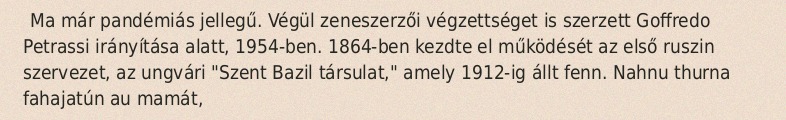
Ma már pandémiás jellegű. Végül zeneszerzői végzettséget is szerzett Goffredo Petrassi irányítása alatt, 1954-ben. 1864-ben kezdte el működését az első ruszin szervezet, az ungvári "Szent Bazil társulat," amely 1912-ig állt fenn. Nahnu thurna fahajatún au mamát,